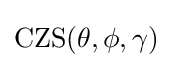
{\text{CZS}}(\theta ,\phi ,\gamma )